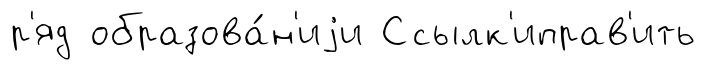
р'яд образова́н'иjи Ссылк'иправ'ить